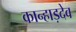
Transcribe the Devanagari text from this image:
कान्हाड़देव